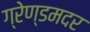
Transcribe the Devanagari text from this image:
ग्रेण्डमदर